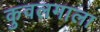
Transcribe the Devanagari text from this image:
कुवलमाला